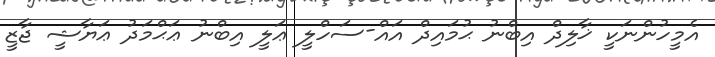
އެމީހުންނަކީ ޚާލިދް އިބްނު ޙުމައިދް އައް-ސަހްލީ ޢަލީ އިބްނު ޢަޙްމަދު ޢަޔާޝީ ޖާޒީ